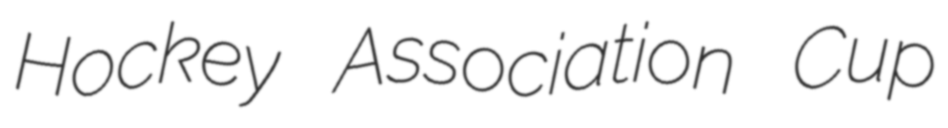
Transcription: Hockey Association Cup